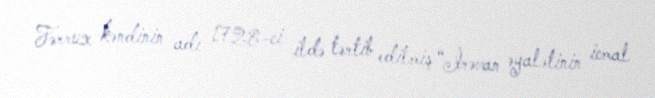
Fərrux kəndinin adı 1728-ci ildə tərtib edilmiş “İrəvan əyalətinin icmal